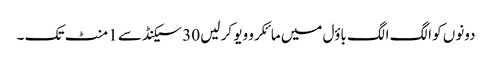
دونوں کو الگ الگ باؤل میں مائکرو ویو کر لیں 30 سیکنڈ سے 1 منٹ تک ۔